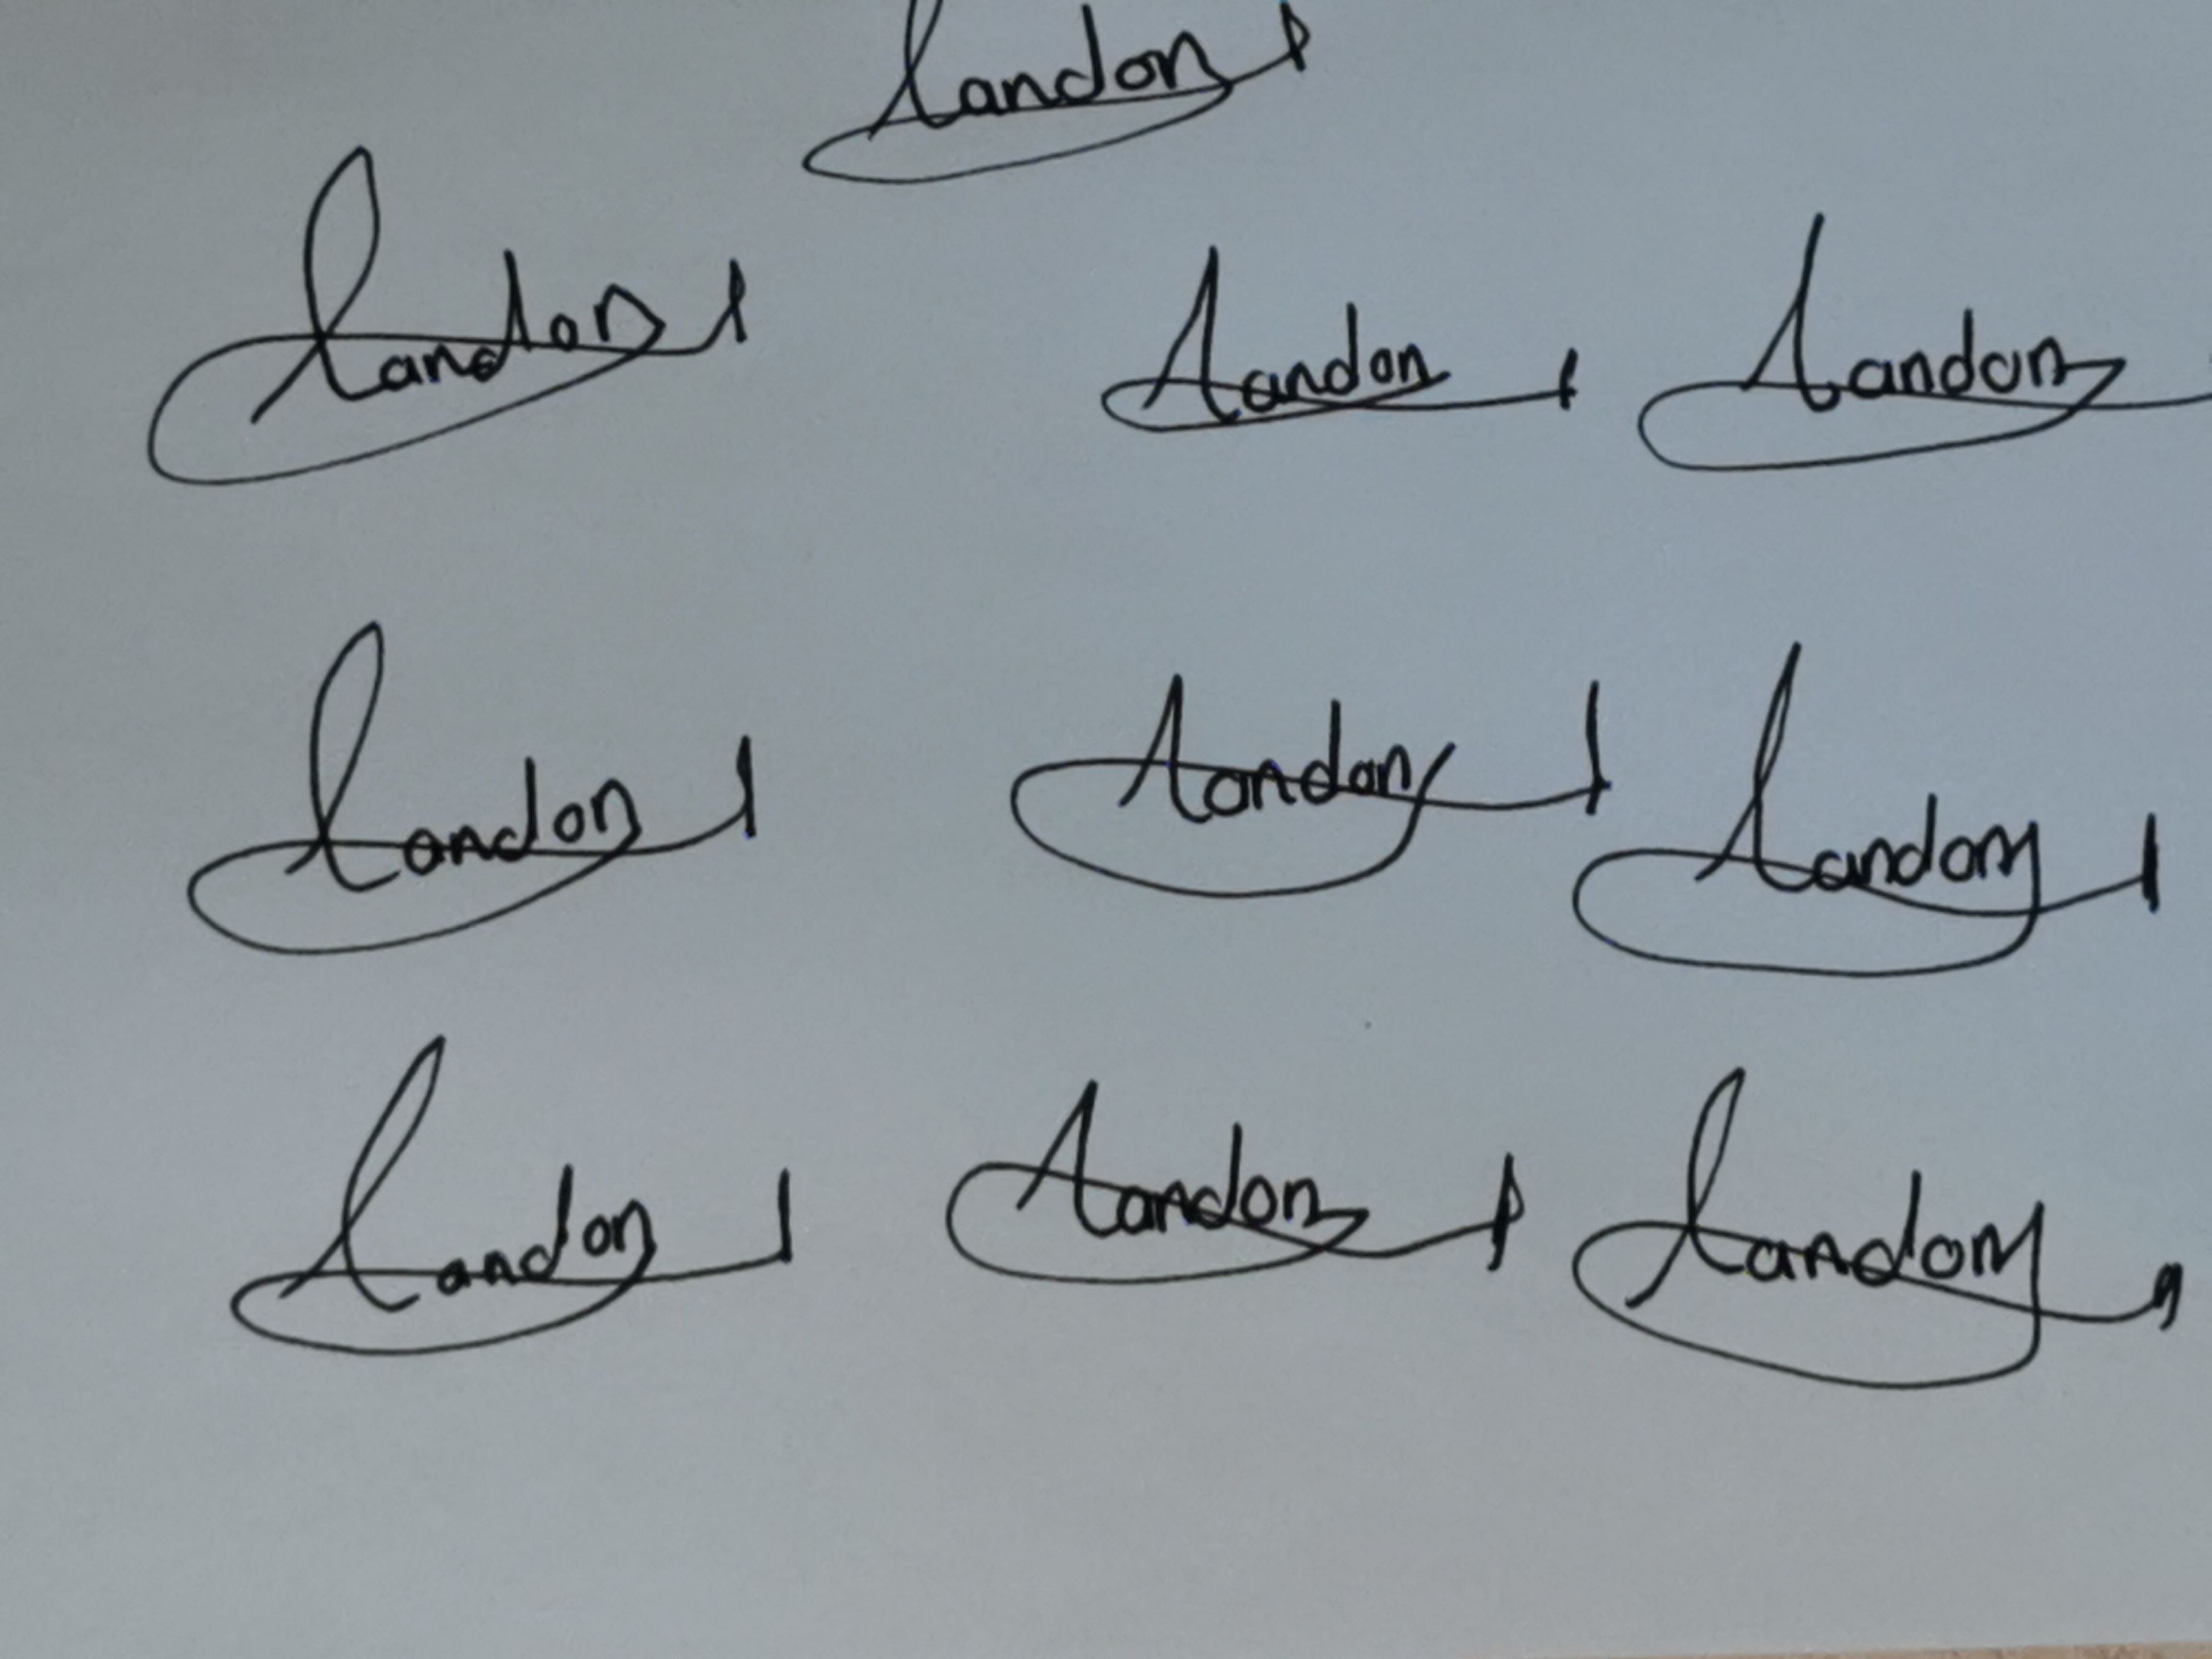
Signature authenticity: genuine